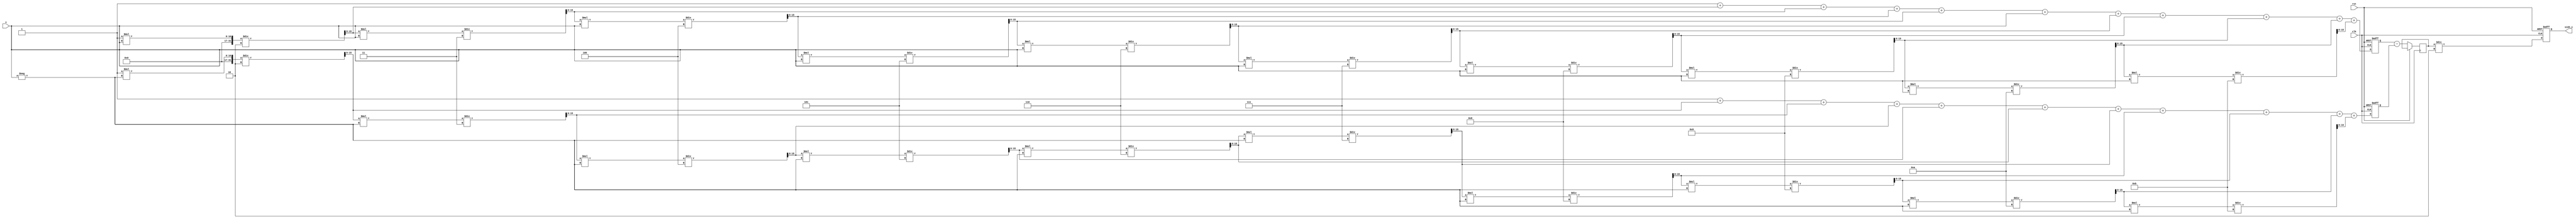
module sinh_arithmetic_block (
    input wire [15:0] x,          // Input value (fixed-point representation)
    output reg [15:0] sinh_x,     // Output value for sinh(x)
    input wire clk,               // Clock signal
    input wire rst                // Reset signal
);

    // Internal signals
    wire [15:0] exp_x;            // e^x
    wire [15:0] exp_neg_x;        // e^(-x)
    wire [15:0] exp_diff;         // e^x - e^(-x)
    reg [15:0] exp_x_reg, exp_neg_x_reg;
    
    // Exponentiation unit for e^x (simple approximation)
    function [15:0] exp_approx;
        input [15:0] x;
        reg [15:0] term;
        reg [15:0] sum;
        integer i;
        begin
            term = 16'h0001; // e^0 = 1
            sum = term;
            for (i = 1; i <= 10; i = i + 1) begin // Taylor series expansion
                term = (term * x) / (i + 1); // x^n/n!
                sum = sum + term;
            end
            exp_approx = sum;
        end
    endfunction

    // Control logic
    always @(posedge clk or posedge rst) begin
        if (rst) begin
            sinh_x <= 16'h0000; // Reset output
            exp_x_reg <= 16'h0000;
            exp_neg_x_reg <= 16'h0000;
        end else begin
            // Compute e^x
            exp_x_reg <= exp_approx(x);
            // Compute e^(-x)
            exp_neg_x_reg <= exp_approx(-x);
            // Compute e^x - e^(-x)
            exp_diff <= exp_x_reg - exp_neg_x_reg;
            // Compute sinh(x) = (e^x - e^(-x)) / 2
            sinh_x <= exp_diff / 16'h0002; // Divide by 2
        end
    end

endmodule